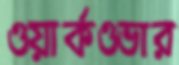
ওয়ার্কওভার